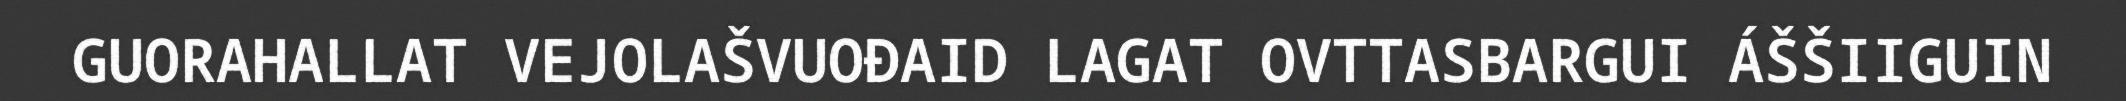
GUORAHALLAT VEJOLAŠVUOĐAID LAGAT OVTTASBARGUI ÁŠŠIIGUIN